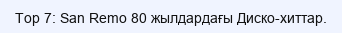
Top 7: San Remo 80 жылдардағы Диско-хиттар.